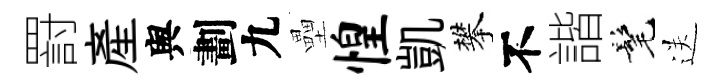
罸産舆劃九壘惶凱攀不諧髦送